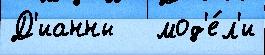
Д'ианны   мод'е́л'и